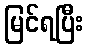
မြင်ရပြီး